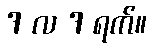
7 လ 7 ရက်။